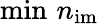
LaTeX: \operatorname*{min}\, n_{\mathrm{im}}